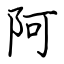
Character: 阿